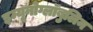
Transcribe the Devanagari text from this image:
इम्यूनोग्लॉबुलिन